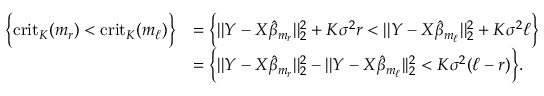
\begin{array} { r l } { \Big \{ \mathrm { c r i t } _ { K } ( m _ { r } ) < \mathrm { c r i t } _ { K } ( m _ { \ell } ) \Big \} } & { = \Big \{ | | Y - X \Hat { \beta } _ { m _ { r } } | | _ { 2 } ^ { 2 } + K \sigma ^ { 2 } r < | | Y - X \Hat { \beta } _ { m _ { \ell } } | | _ { 2 } ^ { 2 } + K \sigma ^ { 2 } \ell \Big \} } \\ & { = \Big \{ | | Y - X \Hat { \beta } _ { m _ { r } } | | _ { 2 } ^ { 2 } - | | Y - X \Hat { \beta } _ { m _ { \ell } } | | _ { 2 } ^ { 2 } < K \sigma ^ { 2 } ( \ell - r ) \Big \} . } \end{array}